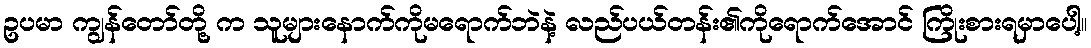
ဥပမာ ကျွန်တော်တို့ က သူများနောက်ကိုမရောက်ဘဲနဲ့ လည်ပယ်တန်း၏ကိုရောက်အောင် ကြိုးစားရမှာပေါ့။